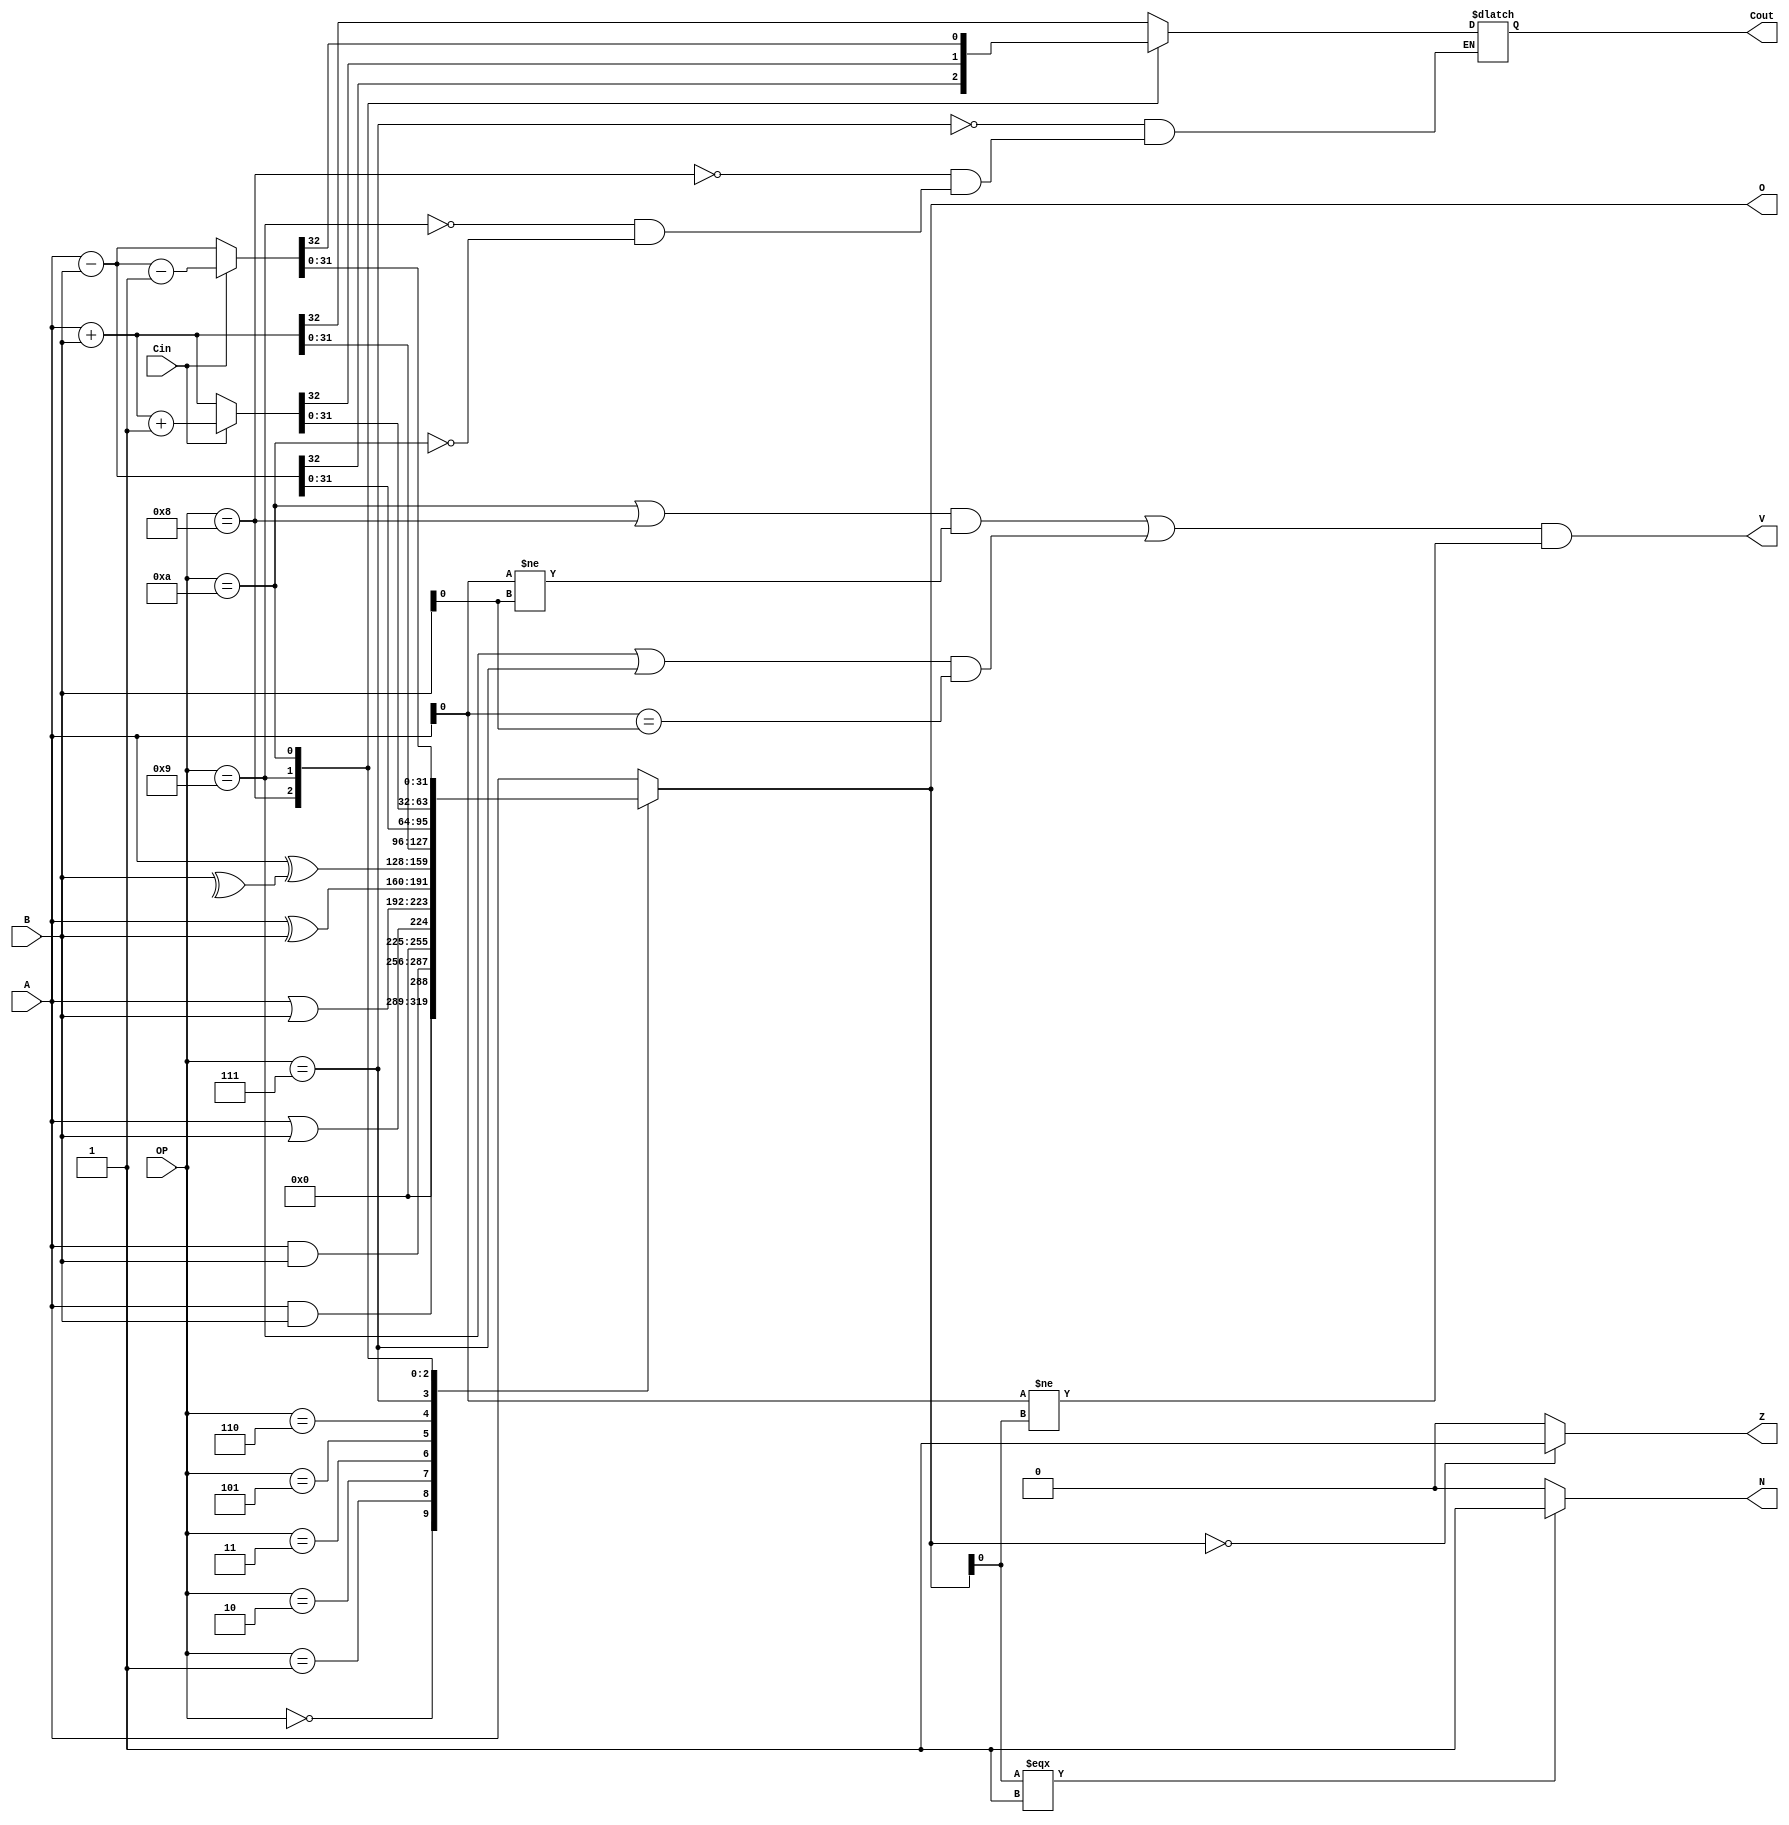

module ALU(output reg N, Z, V, Cout,  output reg  [31:0]O, input Cin , input  [31:0]A, B , input [4:0]OP);

  reg og_sign , shouldbe_sign ,ovfl_sign;

  always @* 
  begin 
  case (OP)

    //Logic Ops

    4'b0000:  // Logic And 
      begin
         O <= A && B; 
      end

    4'b0001: //Bit by bit And
      begin
        O <= A & B;
        
      end
    
    4'b0010: //Logic OR
      begin
         O <= A || B ; 
        
      end

    4'b0011: //Logic OR Bit by BIt
      begin
         O <= A | B ; 
        
      end

    4'b0101: //xor
      begin
         O <= A^B;
      end

    4'b0110:
      begin // bit bit xor
         O <= A^^B;
      end


    //Arithmetic OPs
    4'b0111: //Sum 
      begin
         {Cout , O }  <= A  +  B ; 
      end

    4'b1000: //SUB CMP
      begin
        {Cout , O} <= {1'b0,A} - {1'b0,B};
      end
    
    4'b1001: //sum with carry
    begin
     {Cout , O} <=  (Cin == 1) ? (A + B + 1):(A+B); 
    end

    4'b1010:
    begin //sub over carry 
      {Cout , O} <= (Cin == 1) ? ({1'b0,A} - {1'b0,B} - {32'h1}) : ({1'b0,A} - {1'b0,B});
    end
    
    


    default:  O <= A;
  endcase

  Z = ( O == 32'b0) ? 1:0;
  
  N = (O[0] === 1'b1)? 1:0;



  begin
      og_sign <= (A[0]);
      
      // shouldbe_sign<=
      //     (((OP==4'b1010 || OP == 4'b1000)&&(A[0] != B[0]))//if a sub between different signs 
      //     ||((OP==4'b1001 || OP==4'b0111)&&(A[0] == B[0]))); // if sum and both signs are the same 
          
      ovfl_sign<=(((OP==4'b1010 || OP == 4'b1000)&&(A[0] != B[0]))
          ||((OP==4'b1001 || OP==4'b0111)&&(A[0] == B[0])) );
  end

 // N = O[0] ^ ((shouldbe_sign)&&(og_sign != O[0]));
  V = (ovfl_sign)&&(og_sign != O[0]);
end

endmodule